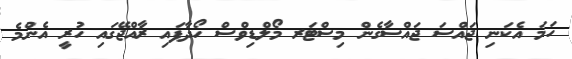
ހަމަ އެކަނި ޖައްސަ ޖައްސާގެން މިސްޓަރ މޯލްޑިވްސް ހޯދާފައި ރާއްޖޭގައި ހުރީ އެންމެ